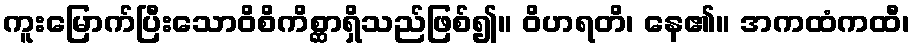
ကူးမြောက်ပြီးသောဝိစိကိစ္ဆာရှိသည်ဖြစ်၍။ ဝိဟရတိ၊ နေ၏။ အကထံကထီ၊